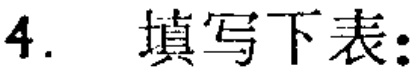
4. 填写下表：